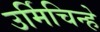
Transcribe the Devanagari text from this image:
उर्मिचिन्हे